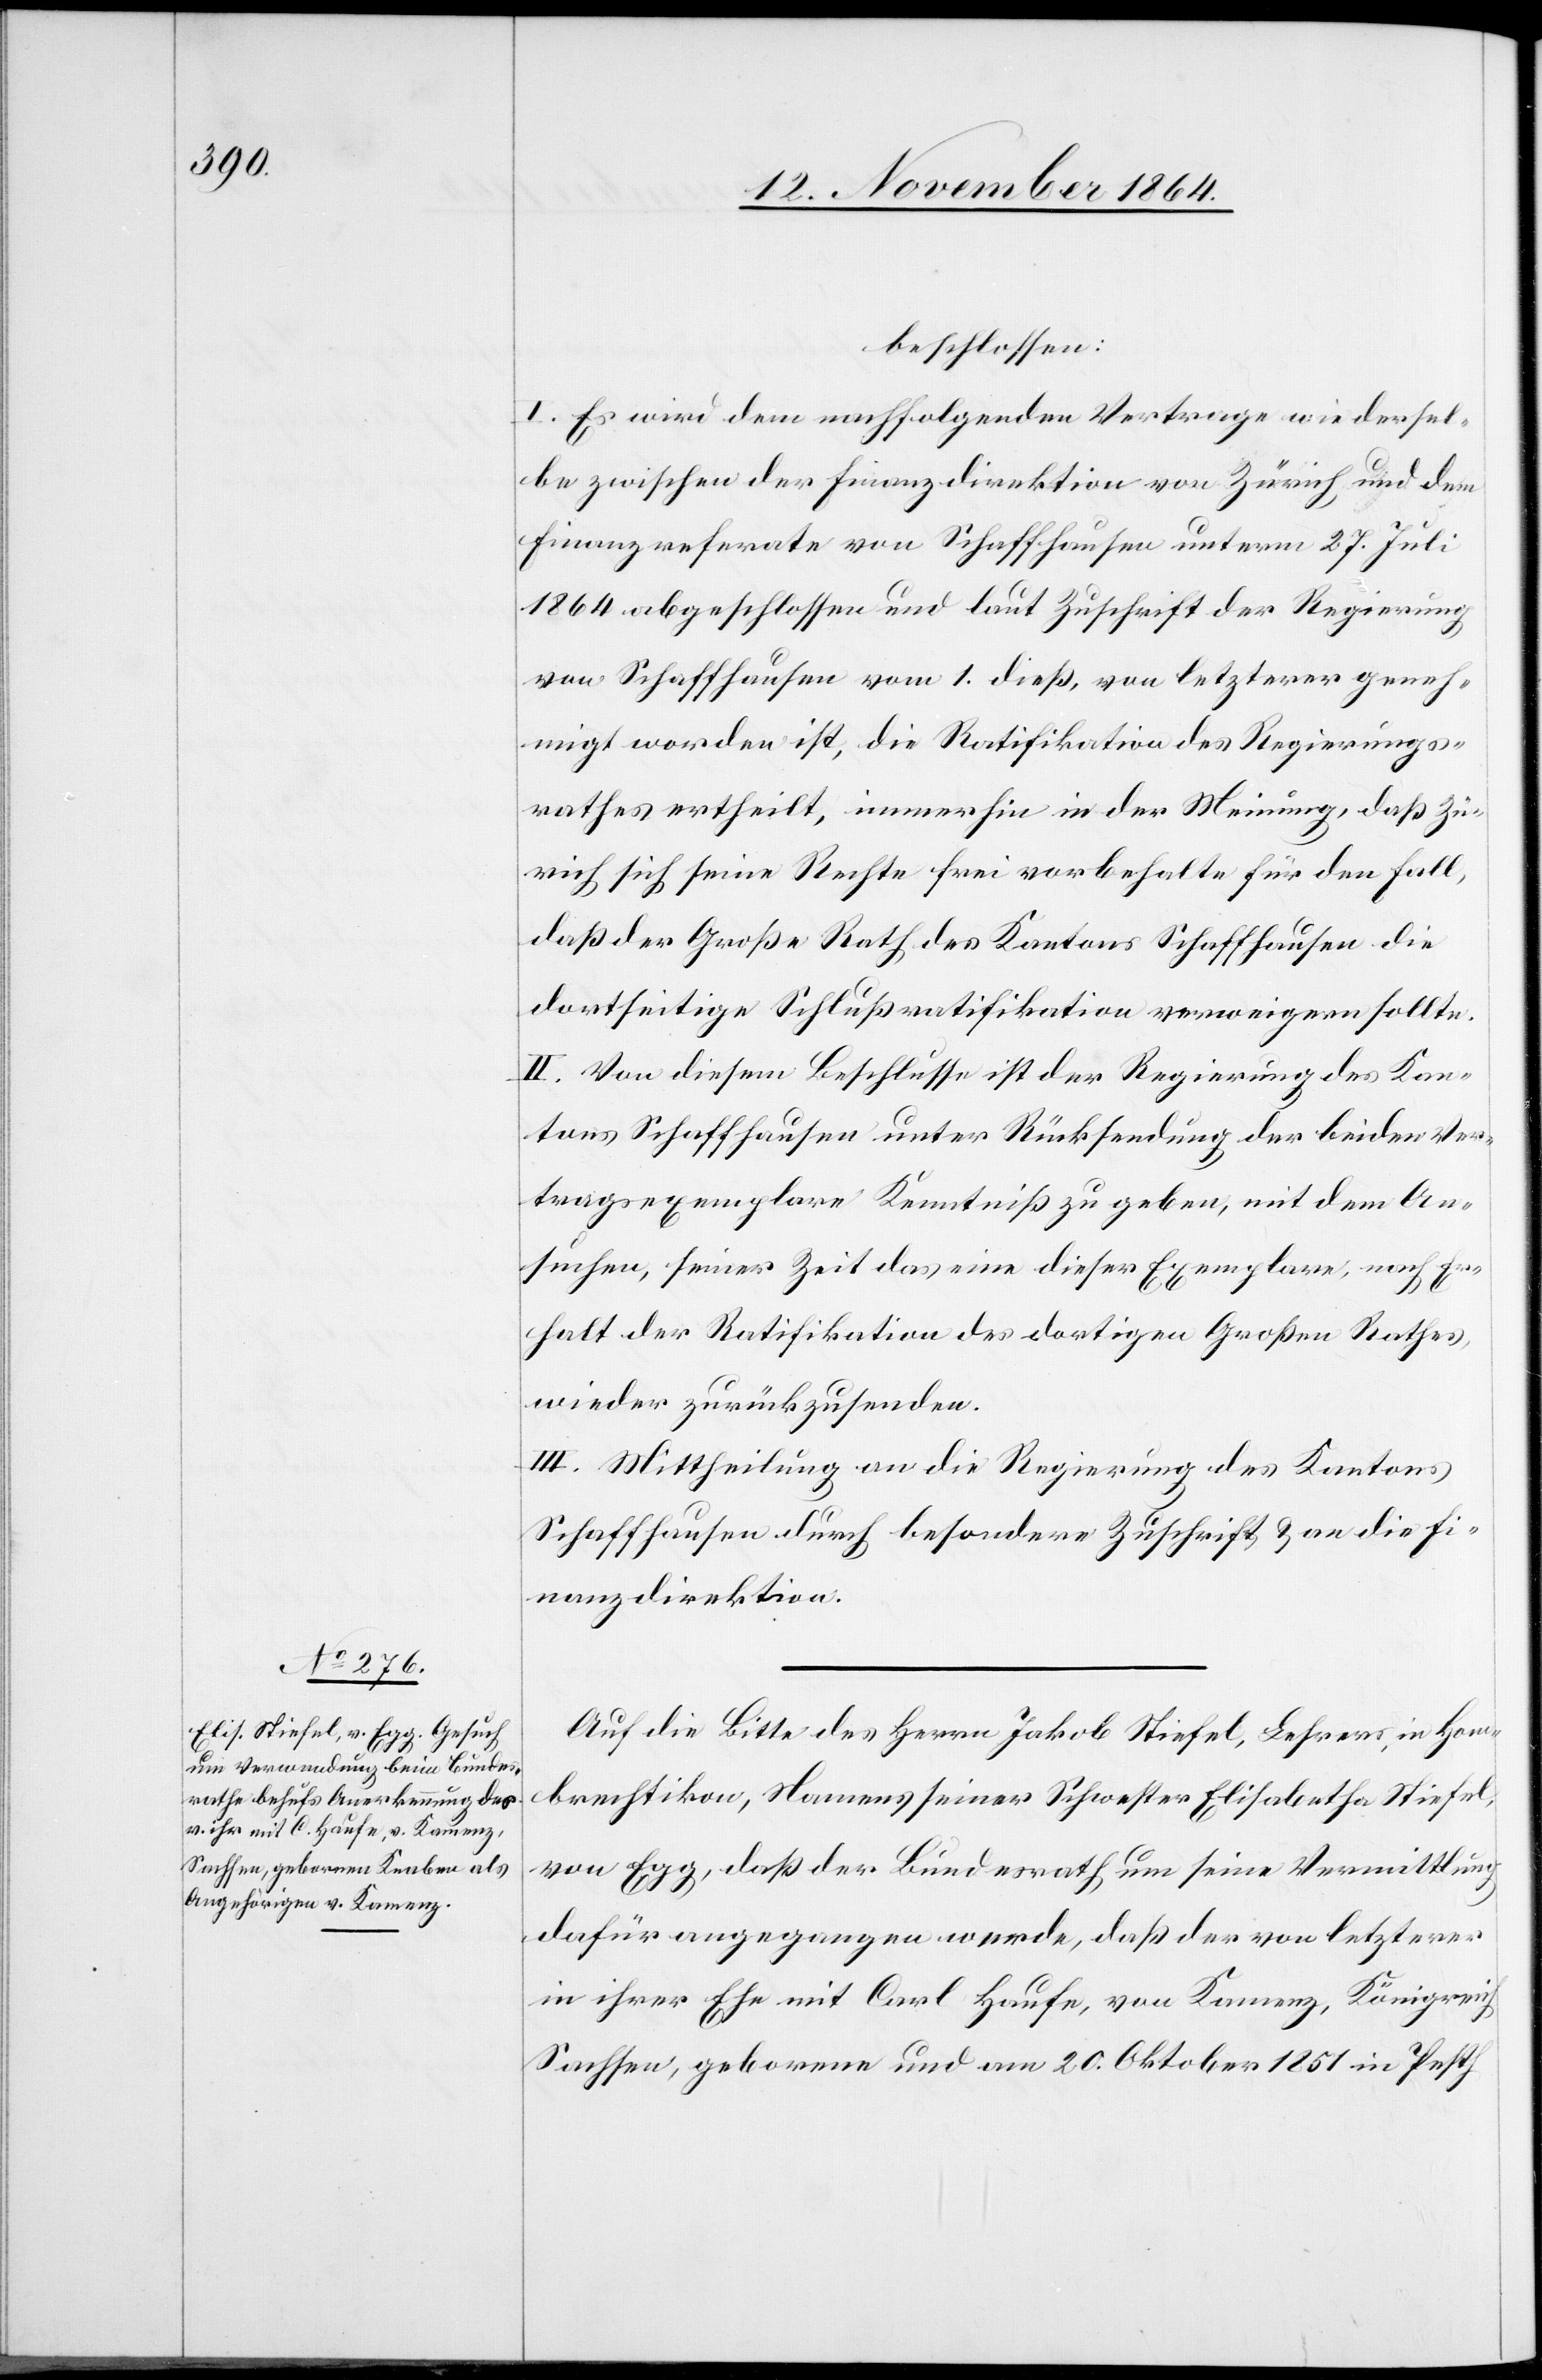
beschlossen:
I. Es wird dem nachstehenden Vertrage wie dersel¬
be zwischen der Finanzdirektion von Zürich und dem
Finanzreferate von Schaffhausen unterm 27. Juli
1864 abgeschlossen und laut Zuschrift der Regierung
von Schaffhausen vom 1. dieß, von letzterer geneh¬
migt worden ist, die Ratifikation des Regierungs¬
rathes ertheilt, immerhin in der Meinung, daß Zü¬
rich sich seine Rechte frei vorbehalte für den Fall,
daß der Große Rath des Kantons Schaffhausen die
dortseitige Schlußratifikation verweigern sollte.
II. Von diesem Beschlusse ist der Regierung des Kan¬
tons Schaffhausen unter Rücksendung der beiden Ver¬
tragsexemplare Kenntniß zu geben, mit dem An¬
suchen, seiner Zeit das eine dieser Exemplare nach Er¬
halt der Ratifikation des dortigen Großen Rathes
wieder zurückzusenden.
III. Mittheilung an die Regierung des Kantons
Schaffhausen durch besondere Zuschrift & an die Fi¬
nanzdirektion.
Auf die Bitte des Herrn Jakob Stiefel, Lehrers, in Hom¬
brechtikon, Namens seiner Schwester Elisabetha Stiefel,
von Egg, daß der Bundesrath um seine Vermittlung
dafür angegangen werde, daß der von letzterer
in ihrer Ehe mit Carl Haufe, von Kamenz, Königreich
Sachsen, geborene und am 20. Oktober 1851 in Pesth